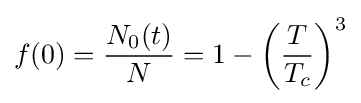
f(0)={\frac {N_{0}(t)}{N}}=1-\left({\frac {T}{T_{c}}}\right)^{3}